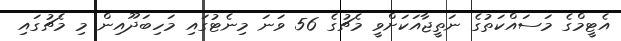
އެޓީމްގެ މަސައްކަތުގެ ނަތީޖާއަކަށްވީ މެޗުގެ 56 ވަނަ މިނެޓުގައި މަހިބަދޫއިން މި މެޗުގައި